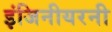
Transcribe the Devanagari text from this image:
इंजिनीयरनी